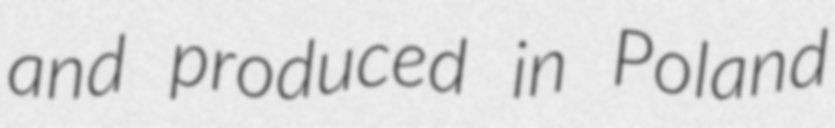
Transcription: and produced in Poland